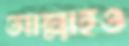
আল্লাহও